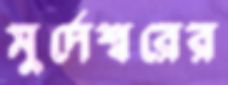
মুর্দেশ্বরের